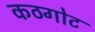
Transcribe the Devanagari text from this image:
कठगोट